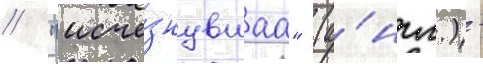
// "исче́знувшаа" (а́нгл.) -